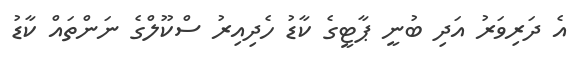
އެ ދަރިވަރު އަދި ބުނީ ޕާޓީގެ ކާޑު ހެދިއިރު ސްކޫލްގެ ނަންތައް ކާޑު